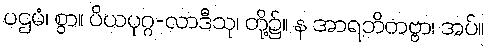
ပဌမံ၊ စွာ။ ပိယပုဂ္ဂ-လာဒီသု၊ တို့၌။ န အာရဘိတဗ္ဗာ၊ အပ်။